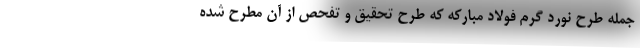
جمله طرح نورد گرم فولاد مبارکه که طرح تحقیق و تفحص از آن مطرح شده